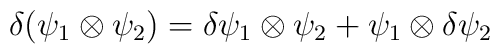
\delta (\psi _{1}\otimes \psi _{2})=\delta \psi _{1}\otimes \psi _{2}+\psi_{1}\otimes \delta \psi _{2}